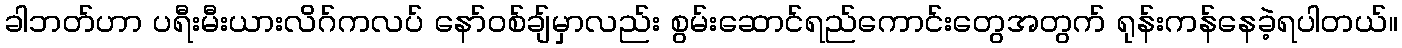
ခါဘတ်ဟာ ပရီးမီးယားလိဂ်ကလပ် နော်ဝစ်ချ်မှာလည်း စွမ်းဆောင်ရည်ကောင်းတွေအတွက် ရုန်းကန်နေခဲ့ရပါတယ်။